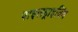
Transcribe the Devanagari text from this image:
पाइलड्राइविंग